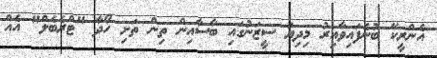
އެންރީކޭ ބުނެފައިވާއިރު މިދިޔަ ސީޒަނުގައި ބާސާއިން ތިން ތަށި ހޯދާ "ޓްރެބެލް" އެއް